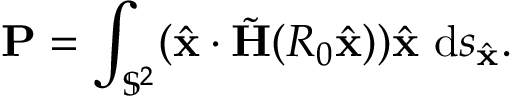
\mathbf { P } = \int _ { \mathbb { S } ^ { 2 } } ( \hat { \mathbf { x } } \cdot \tilde { \mathbf H } ( R _ { 0 } \hat { \mathbf { x } } ) ) \hat { \mathbf { x } } ~ \mathrm { d } s _ { \hat { \mathbf { x } } } .